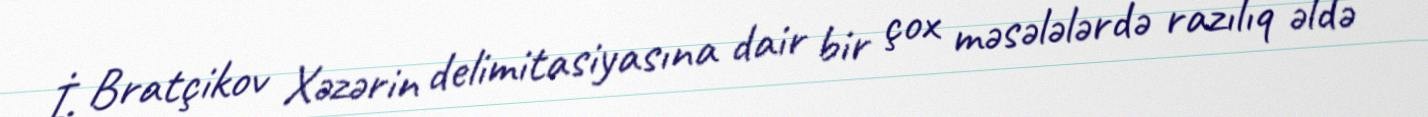
İ. Bratçikov Xəzərin delimitasiyasına dair bir çox məsələlərdə razılıq əldə